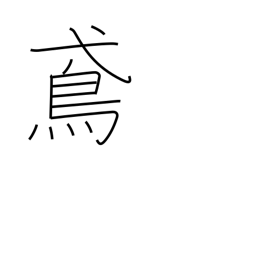
Meaning: black kite